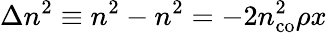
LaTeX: \Delta n^{2}\equiv n^{2}-n^{2}=-2n_{\mathrm{co}}^{2}\rho x